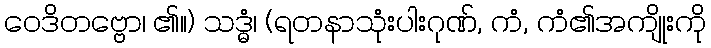
ဝေဒိတဗ္ဗော၊ ၏။) သဒ္ဓံ၊ (ရတနာသုံးပါးဂုဏ်, ကံ, ကံ၏အကျိုးကို